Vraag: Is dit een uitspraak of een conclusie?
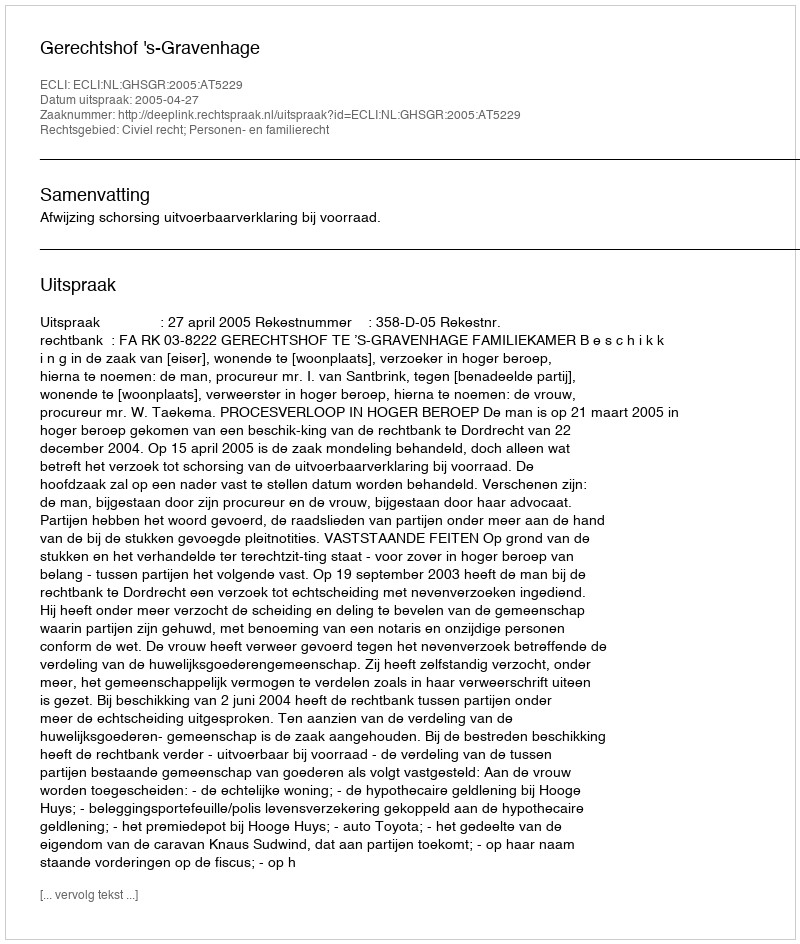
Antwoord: Uitspraak